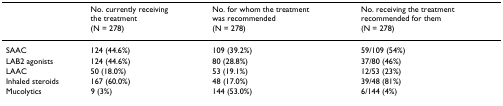
|  | No. currently receiving the treatment | No. for whom the treatment was recommended | No. receiving the treatment recommended for them |
 |  | (N = 278) | (N = 278) | (N = 278) |
 | --- | --- | --- | --- |
 | SAAC | 124 (44.6%) | 109 (39.2%) | 59/109 (54%) |
 | LAB2 agonists | 124 (44.6%) | 80 (28.8%) | 37/80 (46%) |
 | LAAC | 50 (18.0%) | 53 (19.1%) | 12/53 (23%) |
 | Inhaled steroids | 167 (60.0%) | 48 (17.0%) | 39/48 (81%) |
 | Mucolytics | 9 (3%) | 144 (53.0%) | 6/144 (4%) |